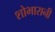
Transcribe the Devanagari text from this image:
शोभारानी